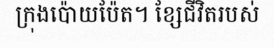
ក្រុងប៉ោយប៉ែត។ ខ្សែជីវិតរបស់